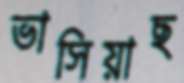
ভাসিয়াছ